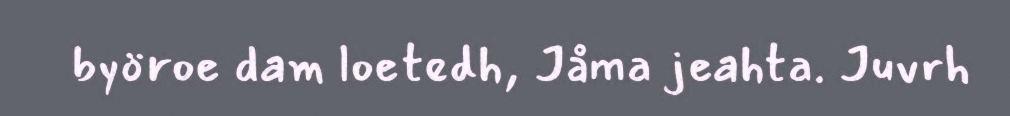
byöroe dam loetedh, Jåma jeahta. Juvrh